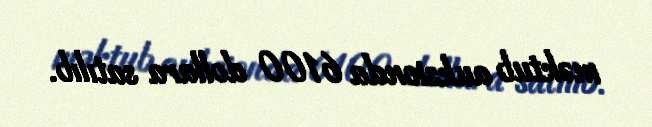
məktub auksionda 6100 dollara satılıb.